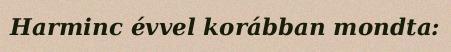
Harminc évvel korábban mondta: